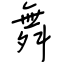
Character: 舞